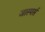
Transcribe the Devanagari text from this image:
जास्पर्स